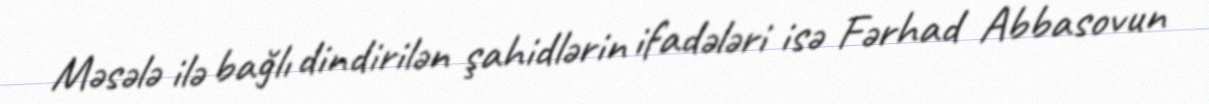
Məsələ ilə bağlı dindirilən şahidlərin ifadələri isə Fərhad Abbasovun